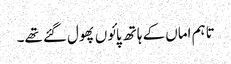
تاہم اماں کے ہاتھ پائوں پھول گئے تھے۔